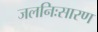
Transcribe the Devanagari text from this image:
जलनिःसारण